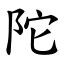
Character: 陀